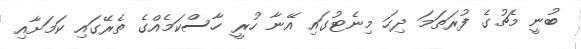
ބުނީ މެޗުގެ ފުރަތަމަ ދިހަ މިނެޓުގައި އޭނާ ހުރީ ހާސްކަމެއްގެ ތެރޭގައި ކަމަށާއި